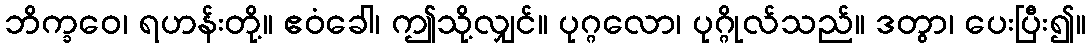
ဘိက္ခဝေ၊ ရဟန်းတို့။ ဧဝံခေါ၊ ဤသို့လျှင်။ ပုဂ္ဂလော၊ ပုဂ္ဂိုလ်သည်။ ဒတွာ၊ ပေးပြီး၍။